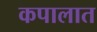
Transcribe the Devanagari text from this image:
कपालात